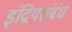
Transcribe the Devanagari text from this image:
इंद्रियसंबंध